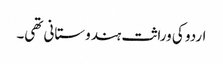
اردو کی وراثت ہندوستانی تھی۔